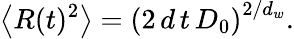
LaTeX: \left\langle R(t)^{2}\right\rangle=\left(2\, d\, t\, D_{0}\right)^{2/d_{w}}.